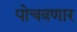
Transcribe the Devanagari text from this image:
पोचवणार